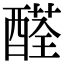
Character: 醛